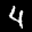
Label: 4